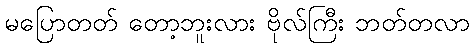
မပြောတတ် တော့ဘူးလား ဗိုလ်ကြီး ဘတ်တလာ